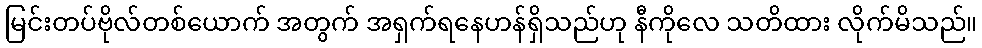
မြင်းတပ်ဗိုလ်တစ်ယောက် အတွက် အရှက်ရနေဟန်ရှိသည်ဟု နီကိုလေ သတိထား လိုက်မိသည်။